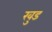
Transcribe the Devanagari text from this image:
खुड